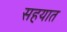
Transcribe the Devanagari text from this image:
सहयात